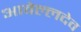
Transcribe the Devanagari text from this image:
आवेल्लदेव